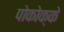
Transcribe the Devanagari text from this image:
पोकोक्के